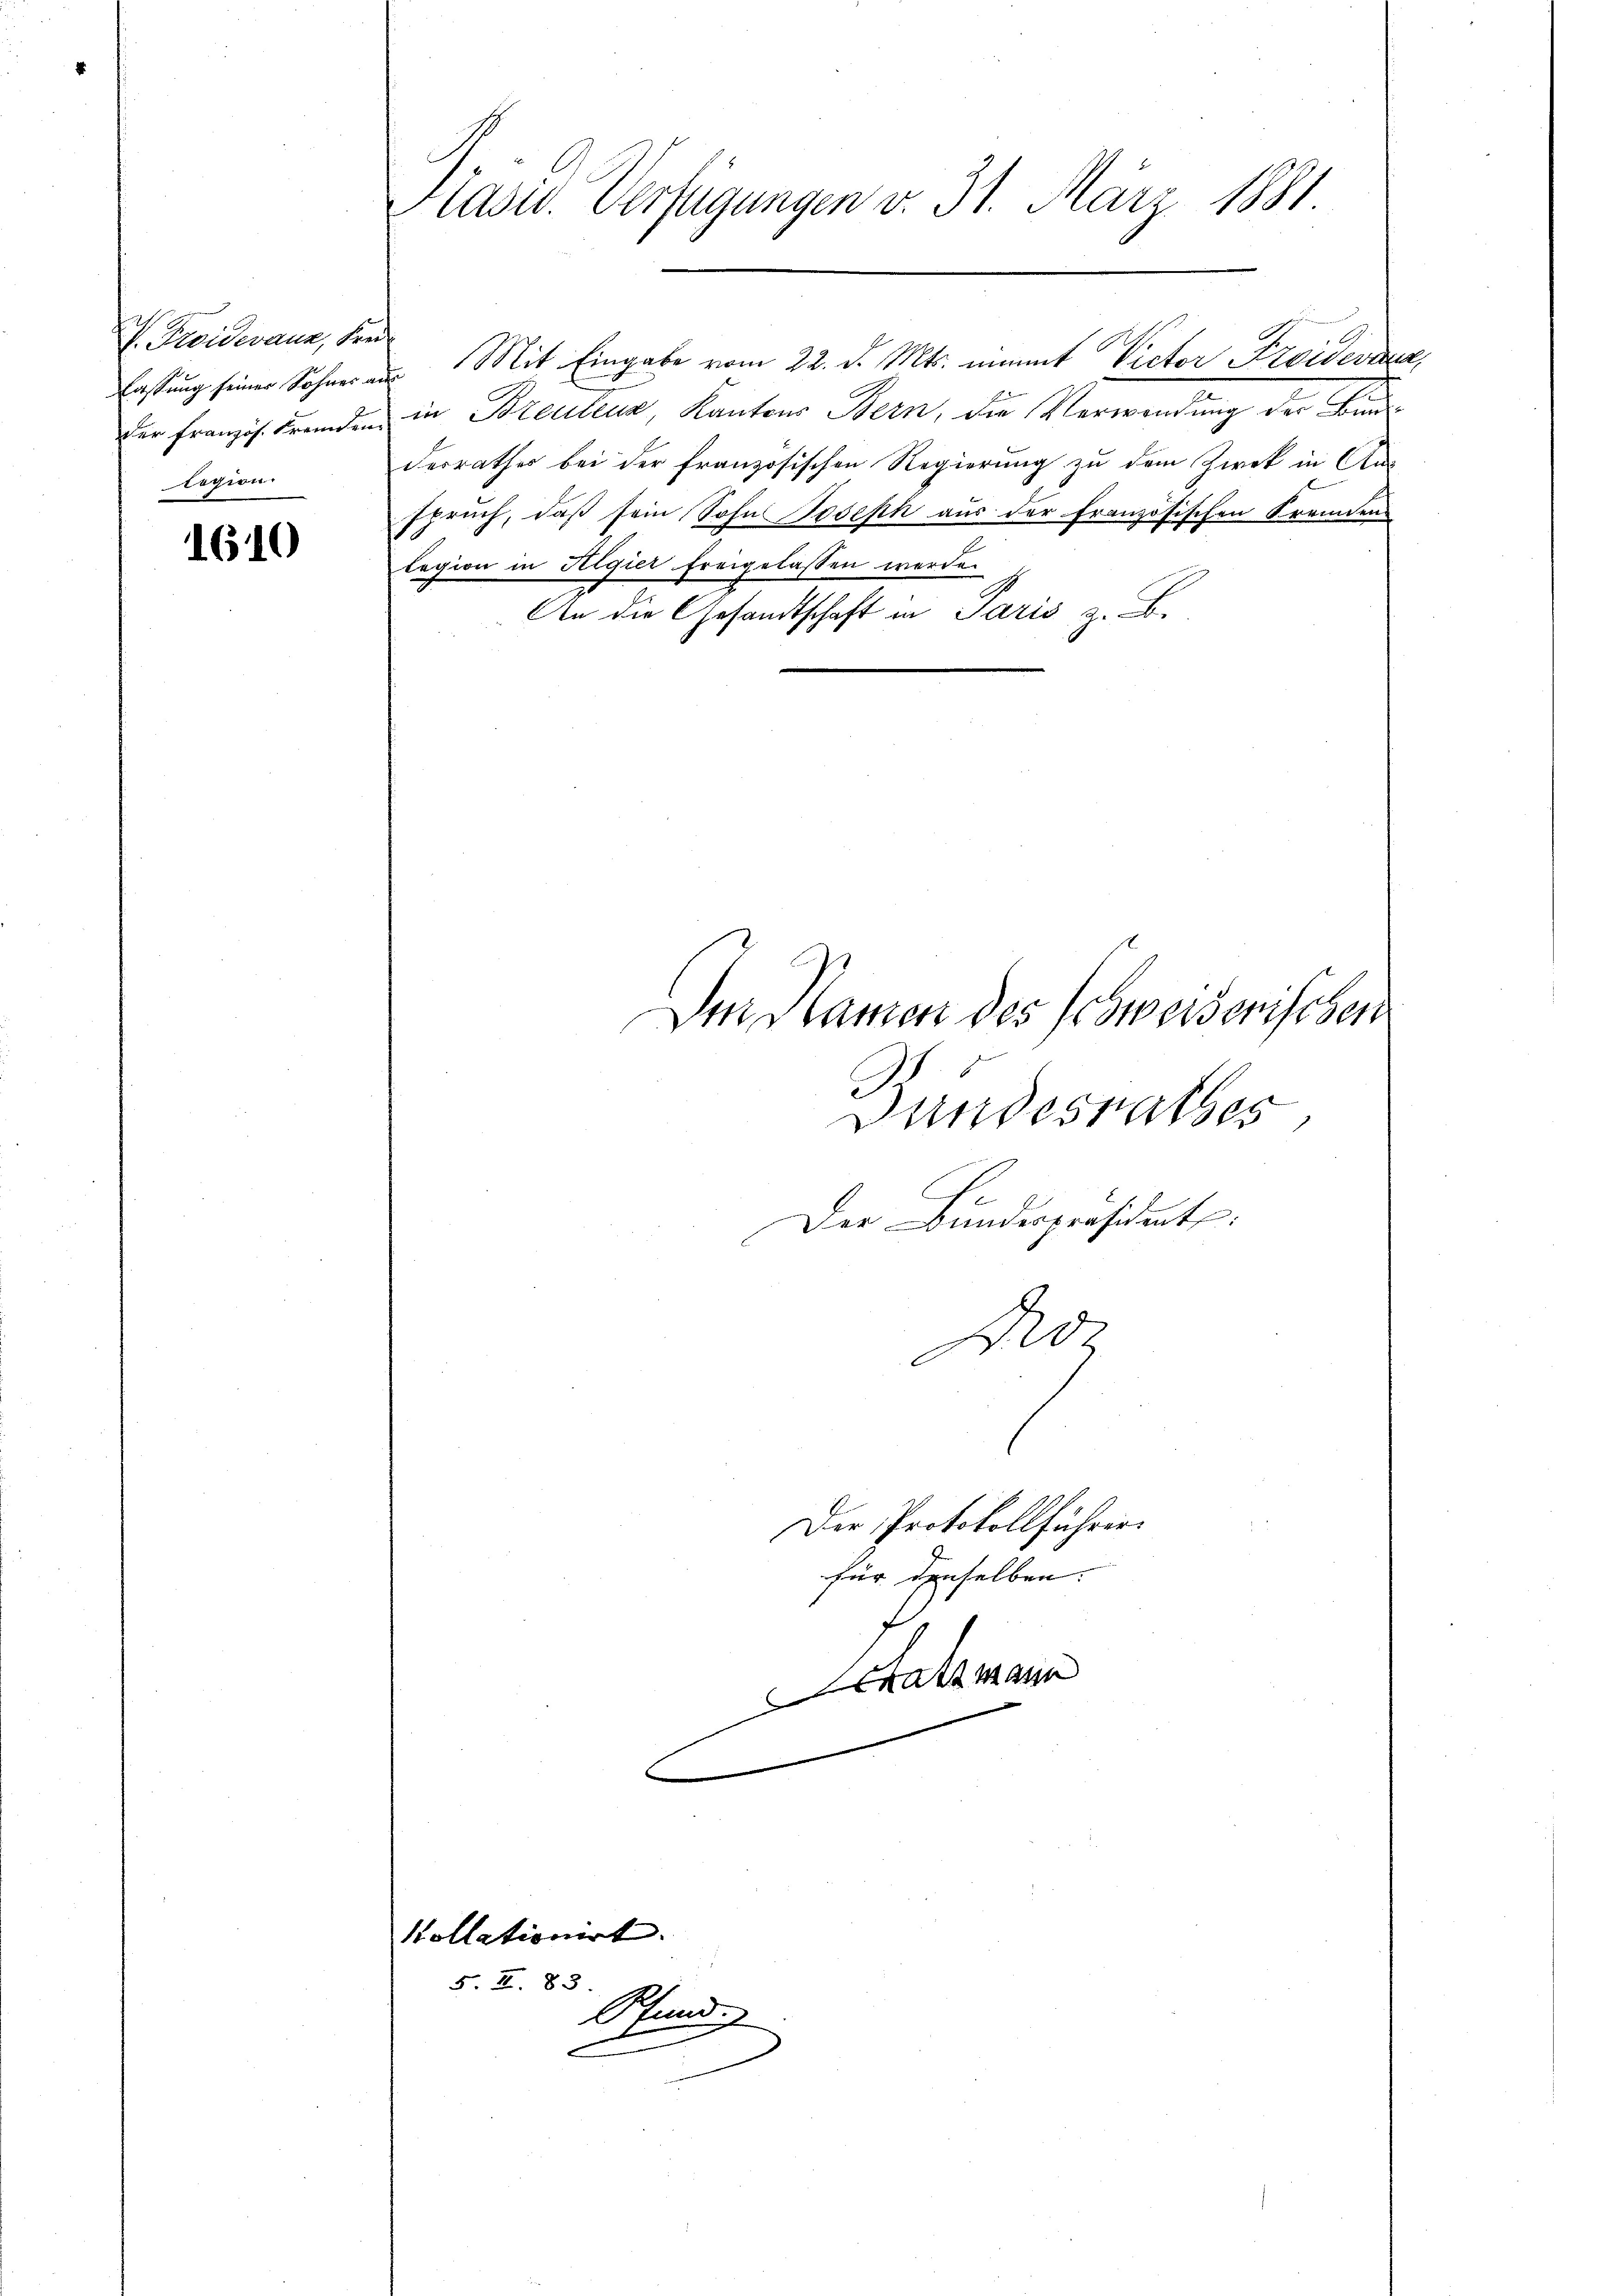
. Freidmann, See
logien.

1610

Diäsid. Verfügungen v. 31. März 1881.

fassung seiner Sohnes aus Mit Eingabe vom 22. d. Mts. nimmt Victor Freidersez
der Französ. Fremden in Brauteur, Kantons Bern, die Verwendung der Bunde
derrathes bei der französischen Regierung zu dem Zwek in Ans
spruch, daß sein Sohn Joseph aus der französischen Fremden
lagion in Algier freigelassen werde.
An die Gesandtschaft in Paris z. B.

kollationirt.
5. II. 83.

Im Namen des Provisorischen
Dandesrathes
Der Bundespräsident:
Do

Pfund
J

chatzmann

Der Protokollführer.

für denselben.